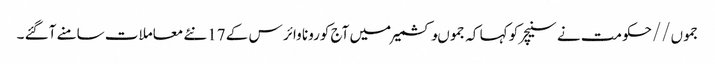
جموں//حکومت نے سنیچر کو کہا کہ جموںوکشمیر میں آج کورونا وائر س کے 17نئے معاملات سامنے آگئے ۔